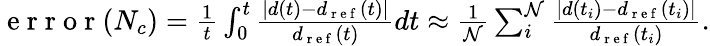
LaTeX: \begin{array}{r}{\mathrm{~e~r~r~o~r~}(N_{c})=\frac{1}{t}\int_{0}^{t}\frac{|d(t)-d_{\mathrm{~r~e~f~}}(t)|}{d_{\mathrm{~r~e~f~}}(t)}dt\approx\frac{1}{\mathcal{N}}\sum_{i}^{\mathcal{N}}\frac{|d(t_{i})-d_{\mathrm{~r~e~f~}}(t_{i})|}{d_{\mathrm{~r~e~f~}}(t_{i})}.}\end{array}